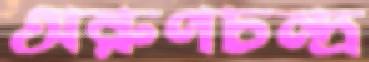
অরুণচন্দ্র